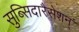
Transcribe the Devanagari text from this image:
सुब्सिदारैसेशन्